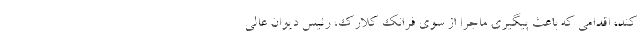
کند، اقدامی که باعث پیگیری ماجرا از سوی فرانک کلارک، رئیس دیوان عالی